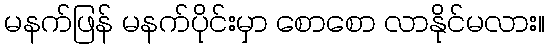
မနက်ဖြန် မနက်ပိုင်းမှာ စောစော လာနိုင်မလား။